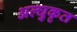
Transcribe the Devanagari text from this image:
अल्घुकृत